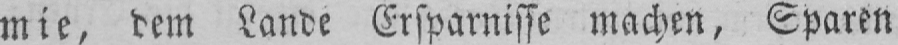
mie, dem Lande Ersparnisse machen, Sparen